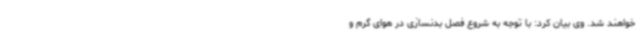
خواهند شد. وی بیان کرد: با توجه به شروع فصل بدنسازی در هوای گرم و